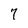
Character: 7